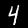
Digit: 4